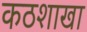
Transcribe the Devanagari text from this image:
कठशाखा